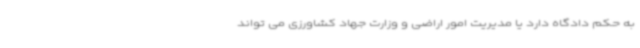
به حکم دادگاه دارد یا مدیریت امور اراضی و وزارت جهاد کشاورزی می تواند